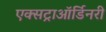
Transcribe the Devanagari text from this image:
एक्सट्राऑर्डिनरी